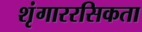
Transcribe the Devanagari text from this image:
शृंगाररसिकता